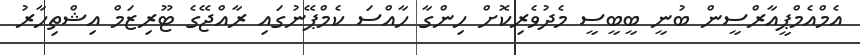
އެމްއެމްޕީއާރްސީން ބުނީ ބީބީސީ މެދުވެރިކޮށް ހިންގާ ހާއްސަ ކެމްޕޭނުގައި ރާއްޖޭގެ ޓޫރިޒަމް އިޝްތިހާރު